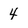
Character: 4